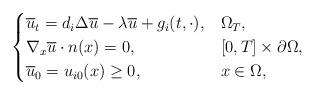
LaTeX: \begin{align*}\begin{cases}\overline{u}_t=d_i\Delta \overline{u}-\lambda \overline{u}+g_i(t,\cdot),& \Omega_T,\\\nabla_x \overline{u} \cdot n(x) = 0,& [0,T] \times \partial \Omega,\\ \overline{u}_0=u_{i0}(x)\ge0,& x \in \Omega,\end{cases}\end{align*}